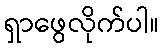
ရှာဖွေလိုက်ပါ။